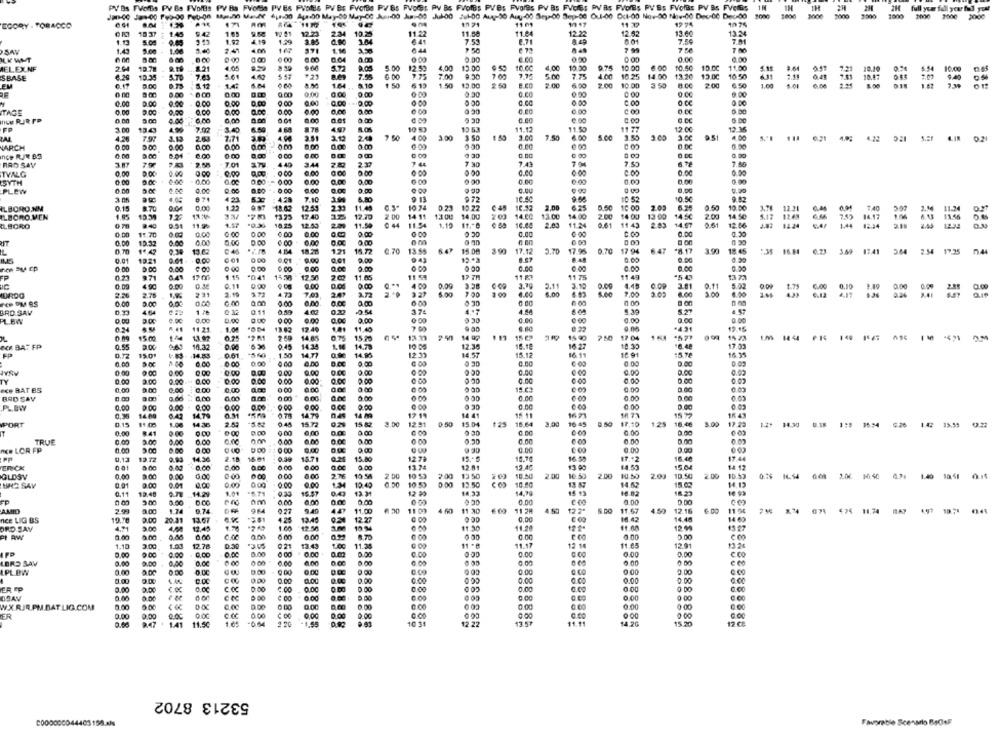
PY Bs FVofBs PV Bs FVoltis PV Bs FVolta PV Es PVolts PV Bs FVofBo PV Bs PVDC: PV Bs FVolBs PVes PVores PV Bs FVoles PV Rs FVores PV Bs FVoffs PV Bs FVeGs
Mahn Maul 41-30 Ajeho May-80 May-00 Jun00 Am -00 Juk-00 Jul-00 Auy-90 Auy-00 Seja00 Sep-de Out-00 Oct-00 Nov-00 Nov-00 Des-06 Dec-00
1000
full your fall your body
1000
11 09
17 17
11.32
19 74
ECORY . TOBACCO
10 37
9.42
12.23
234 10.25
11.22
11.08
11.04
12.22
12.52
13.60
13.24
1.92
1.29
6 41
7.53
6.71
7.5€
SAN
1.16
ILK WMT
6.00
6.00
0.00
2.64
10.78
1.21
5.00
12.59
4,00
12.00
10 00
4,00
12.50
9.75
10.00
10.00
11.00
ELEXNF
10.35
5.61
9.29
5.72
7.56
7.75
16.25
13.20
12.00
10. 50
SBASE
7.63
0 00
7.00
1.00
14.00
14:
1.64
8.10
1 50
613
1.50
13.00
2.50
2.00
2.00
10.00
3.50
200
6.50
0.00
0.00
0.00
2.00
0.00
0.00
2.00
C.O
TAGE
0.00
0.00
0.80
a.OC
0.00
0.00
888
ICH RUIRPP
6.00
0.00
4. 00
13.43
78
10 5
13 53
11.12
11. 50
11 77
12.00
12.36
7.71
3.51
2.4
400
4.00
1.55
2.65
4.00
0.21
D21
VARCH
0.00
nce RJE 83
9.00
0.00
0.CO
0.00
0.00
RAD SAV
2.58
+7 01
440
3.44
2.3
7 30
7.43
7.04
0.00
0.00
TVALG
0.0
200
4.00
0,00
6.00
Co
8888 88888
SYTH
0.00
0.00
0.00
0:00
0.00
PLEW
0.00
.0.00
0.00
671
423
4.28
7.10
9.72
10 52
ALBORO.NM
0.15
00
0.00
18.47
12.43
2.33
11.49
10 74
0.23
12.22
2.00
0.50
10 00
2.09
0.50
10.50
3.78
12.21
ILBORO.MEN
17 40
12.79
2 00
14 11
13.00
14.00
14.CO
13.00
14 00
2.00
14 00
13 .00
14 ℃
2.00
14 50
12.48
€ 44
1.19
16.64
2.61
14.67
12.66
12.24
1.50
ILBORO
10.25
12.53
11.50
11.54
2.03
11.24
11 43
2.83
883
11.70
0.00
0:00
0.00
0 00
0.00
IT
0.00
10.32
6.00
0.00
4.14
8.28
1.21
15.72
6.70
13.5
6.4
15.08
3.90
17.12
3.70
17.96
0.70
17 94
6 47
3.90
18 45
35 16.84 6.23
3.59 17.41
364 2.54
17.25 7.44
0.01
1321
0.01
0 00
9.00
041
0.00
0.00
0.00
0.00
0.00
0.00
11 54
54
FP
9.71
17 00
1 15
041
14 23
12.50
11.05
17 7H
11 &
11 7
11 45
13 73
0.19
9.00
0.00
4 00
0.09
2.11
0.00
4.48
0.11
5.00
0.10
0.00
ADRDO
2.26
2.78
221
17
473
7.03
6.00
6.00
2.02
4.00
1.79
6.42
4,17
2.26
55
0.00
2.80
a.no
BRO SAV
032
0.11
0.50
4.00
37
4.44
5.27
PL.BW
0.00
0.00
0.00
9.00
9 30
0.00
19 42
12.49
7.00
.491
12.05
11 21
1.01
11.40
15.00
1.1 07
025
14 85
15 75
12 3
14 99
15 ca
14 90
210
17 04
15 23
14 44
1 40
FOR BAT FP
0.55
10.32
0.00
049
14.34
1.10
14.73
10 05
12.30
15.18
16.22
18.3
17.03
150
14.858
0.61
1.50
14 7
14 95
12.31
14.57
13.12
16.11
10.91
16 3
0.00
0.00
0.00
0.00
0.60
D.CE
000
0.00
0.00
0.00
0.00
200
0.00
0.00
0.02
2.00
0.00
TY
0.00
0.00
0.00
0.00
6.00
0.00
9.00
Ice BAT BS
0.00
1.00
0.00
0.00
0.00
0.00
15.C
0.00
0.00
BRO SAV
8888
668
0.00
2.00
9.00
0.00
0.00
0.0
0.00
14.00
0.42
14.7
0.78
14.79
14 89
12 1
14 4
16 21
15 72
16 43
PORT
11.00
1.00
14.30
0 45
15 7
0.20
15 82
12.51
2.50
15.04
125
16.64
3.00
16 45
9.50
17.40
1.25
16.46
5.00
17.23
14.30
U.18
1'5
15.54
8.41
IT
0.00
0.00
0.00
0.00
0,00
TRUE
0.00
0.00
0.00
6.00
0.00
0.00
ACe LOR FP
2.00
9.00
1 0 00
0.00
013
14.36
2.18
16.01
0.39
15.71
0.2
15.80
12.73
16 5
17.12
16.40
17 4
ENCK
5.00
0.00
8.00
0.00
11.24
12.40
14.53
14 12
GLOSV
0.00
0.00
0.00
0:00
0.00
2.76
10.54
2 00
10 53
2.00
2.00
10.50
10.50
2.00
10.50
2 00
10.53
0.74
16. 54
3.00
1.40
0.01
0.00
10.80
14.13
URO SAV
0.00
- 0.00
9.00
1.34
10.40
10 53
12.50
13 87
14.62
0.11
13.40
.. 14.29
15.57
0.43
12 30
14.70
16.82
18.27
2.00
am
0.00
0.0
0.00
AMID
2.00
1.74
9.74
96
0.27
9.40
44
11.00
11 0
4 50
11 28
12 2"
11.57
4.50
12.18
6.00
11
11.74
10.24
nice LIG BS
3.00
20.31
13.67 +
4.25
13.40
0.24
12.27
16.42
14.48
14 63
ORD SAY
3.00
12.50
PL RW
17.45
0.00
0.20
2.00
5.00
0.00
8.70
1.10
3.00
12.78
11.35
11.11
12 14
11.65
12.91
0.00
0,00
0.00
0.00
0.00
LERS SAV
0.00
6.00
0.00
6.00
IPL BW
0.00
9 00
0.00
0.00
0.00
0.00
0.00
0.00
0.00
000
0.00
0.00
0.00
0.00
0.00
ER FP
0.00
0.00
OSAN
0.00
0 00
WXRJR.PM.BAT.LIG.COM
0.00
0.00
0 00
0.00
ER
0.00
9.00
0.00
0.0℃
0.00
0.00
1.41
11.50
-0.54
10.31
12 22
14.20
15.30
17 C
53213 8702
C000000044403158-as
Favorable Scenario BadaF